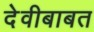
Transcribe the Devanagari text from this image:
देवीबाबत